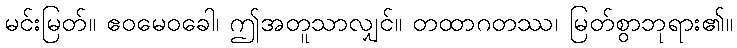
မင်းမြတ်။ ဧဝမေဝခေါ၊ ဤအတူသာလျှင်။ တထာဂတဿ၊ မြတ်စွာဘုရား၏။